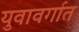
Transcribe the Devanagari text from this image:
युवावर्गात